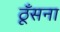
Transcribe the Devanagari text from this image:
ठूँसना